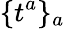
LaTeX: \{ t^{a}\} _{a}